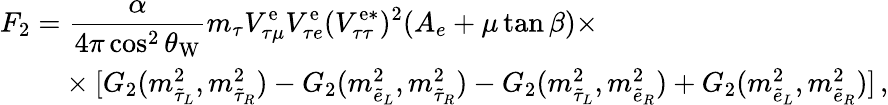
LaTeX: \begin{array}{ll}{{F_{2}=\displaystyle\frac{\alpha}{4\pi\cos^{2}\theta_{\mathrm{W}}}m_{\tau}V_{\tau\mu}^{\mathrm{e}}V_{\tau e}^{\mathrm{e}}(V_{\tau\tau}^{\mathrm{e*}})^{2}(A_{e}+\mu\tan\beta)\times}}\\ {{\phantom{F_{2}=}\times[G_{2}(m_{\tilde{\tau}_{L}}^{2},m_{\tilde{\tau}_{R}}^{2})-G_{2}(m_{\tilde{e}_{L}}^{2},m_{\tilde{\tau}_{R}}^{2})-G_{2}(m_{\tilde{\tau}_{L}}^{2},m_{\tilde{e}_{R}}^{2})+G_{2}(m_{\tilde{e}_{L}}^{2},m_{\tilde{e}_{R}}^{2})]\, ,}}\end{array}